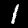
Label: 1